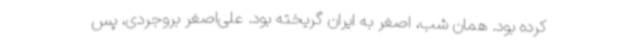
کرده بود. همان شب، اصغر به ایران گریخته بود. علی‌اصغر بروجردی، پس